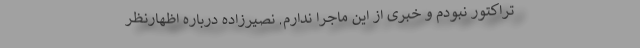
تراکتور نبودم و خبری از این ماجرا ندارم. نصیرزاده درباره اظهارنظر